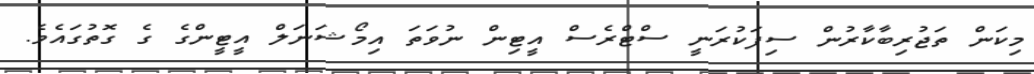
މިކަން ތަޖުރިބާކާރުން ސިފަކުރަނީ ސްޓްރެސް އީޓިން ނުވަތަ އިމޯޝަނަލް އީޓީންގެ ގެ ގޮތުގައެވެ.